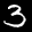
Label: 3